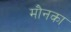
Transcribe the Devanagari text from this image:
मौनका